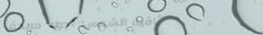
كافيه الشمس: أجواء مريحة